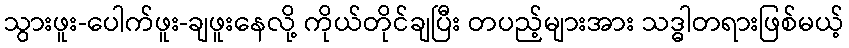
သွားဖူး-ပေါက်ဖူး-ချဖူးနေလို့ ကိုယ်တိုင်ချပြီး တပည့်များအား သဒ္ဓါတရားဖြစ်မယ့်